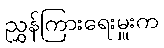
ညွှန်ကြားရေးမှူးက